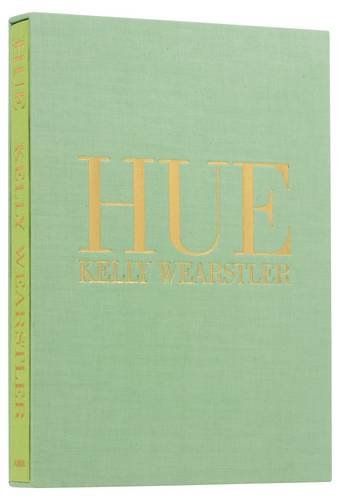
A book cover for Hue (Limited Edition); Kelly Wearstler; Arts & Photography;